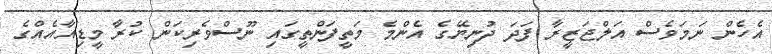
އެހެން ނަމަވެސް އަލްޖަޒީރާ ފަދަ ދުނިޔޭގެ އެންމެ މަތީފަންތީގައި ނޫސްވެރިކަން ކުރާ މީޑިއާއެއްގެ